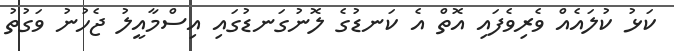
ކަޅު ކުލައެއް ވެރިވެފައި އޮތް އެ ކަނޑުގެ ލޮނުގަނޑުގައި އިސްމާއީލު ޖެހުނު ވަގުތު